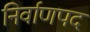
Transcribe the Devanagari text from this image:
निर्वाणपद